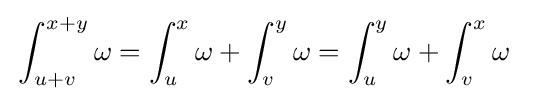
{\begin{aligned}&\int _{u+v}^{x+y}\omega =\int _{u}^{x}\omega +\int _{v}^{y}\omega =\int _{u}^{y}\omega +\int _{v}^{x}\omega \end{aligned}}